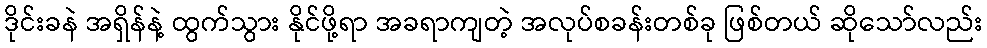
ဒိုင်းခနဲ အရှိန်နဲ့ ထွက်သွား နိုင်ဖို့ရာ အခရာကျတဲ့ အလုပ်စခန်းတစ်ခု ဖြစ်တယ် ဆိုသော်လည်း